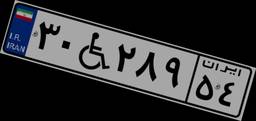
۳۱W۵۶۴۱۴